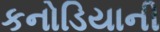
કનોડિયાની